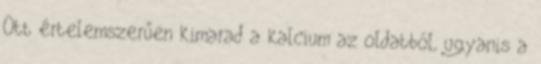
Ott értelemszerűen kimarad a kalcium az oldatból, ugyanis a